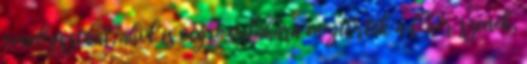
vendégszobát, ahol is végre valahára megtörtek a fehér színek,